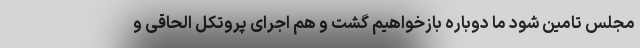
مجلس تامین شود ما دوباره بازخواهیم گشت و هم اجرای پروتکل الحاقی و